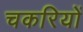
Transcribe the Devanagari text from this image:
चकरियों